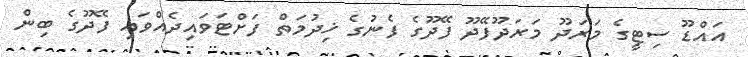
އައްޑޫ ސިޓީގެ މަރަދޫ މަރަދޫފޭދޫ ފޭދޫގެ ފެނުގެ ޚިދުމަތް ފަށްޓަވައިދެއްވައި ފޭދޫގެ ބިން